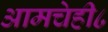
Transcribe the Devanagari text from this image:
आमचेही८